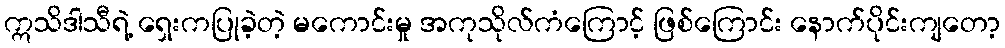
ဣသိဒါသီရဲ့ ရှေးကပြုခဲ့တဲ့ မကောင်းမှု အကုသိုလ်ကံကြောင့် ဖြစ်ကြောင်း နောက်ပိုင်းကျတော့